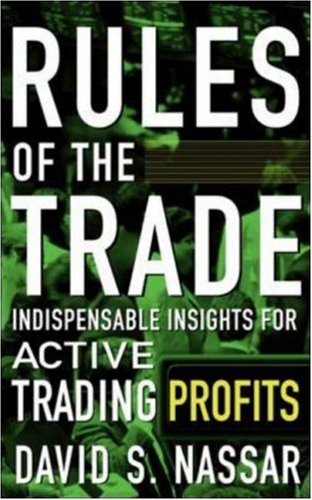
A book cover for Rules of the Trade: Indispensable Insights for Active Trading Profits; David Nassar; Business & Money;